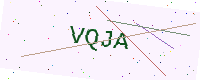
Text: VQJA